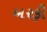
બરફી